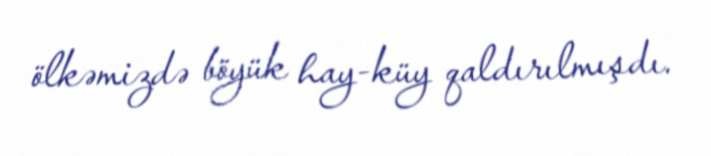
ölkəmizdə böyük hay-küy qaldırılmışdı.